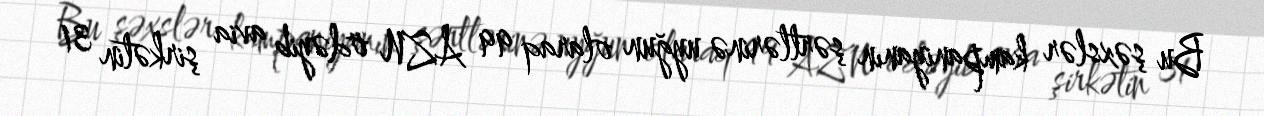
Bu şəxslər kampaniyanın şərtlərinə uyğun olaraq 99 AZN ödəyib avia şirkətin 31